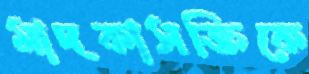
মাদকাসক্তিকে